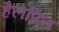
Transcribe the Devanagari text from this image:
हैलप्रिन